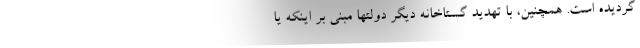
گردیده است. همچنین، با تهدید گستاخانه دیگر دولتها مبنی بر اینکه یا